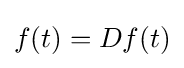
f(t)=Df(t)